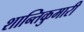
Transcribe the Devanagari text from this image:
शान्तिकुमारी